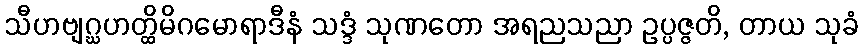
သီဟဗျဂ္ဃဟတ္ထိမိဂမောရာဒီနံ သဒ္ဒံ သုဏတော အရညသညာ ဥပ္ပဇ္ဇတိ, တာယ သုခံ